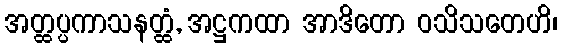
အတ္ထပ္ပကာသနတ္ထံ, အဋ္ဌကထာ အာဒိတော ဝသိသတေဟိ၊